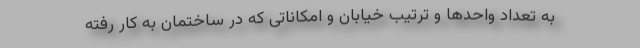
به تعداد واحدها و ترتیب خیابان و امکاناتی که در ساختمان به کار رفته